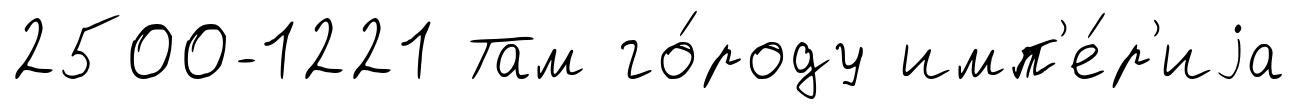
2500-1221 Там го́роду имп'е́р'иjа